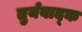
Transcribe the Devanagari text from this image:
तुर्यवाद्क